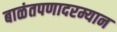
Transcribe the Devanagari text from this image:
बाळंतपणादरम्यान